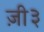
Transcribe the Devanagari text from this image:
ज़ी३